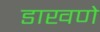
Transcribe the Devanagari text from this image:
डाखणे